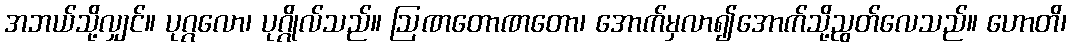
အဘယ်သို့လျှင်။ ပုဂ္ဂလော၊ ပုဂ္ဂိုလ်သည်။ ဩဏတောဏတော၊ အောက်မှလာ၍အောက်သို့ညွတ်လေသည်။ ဟောတိ၊